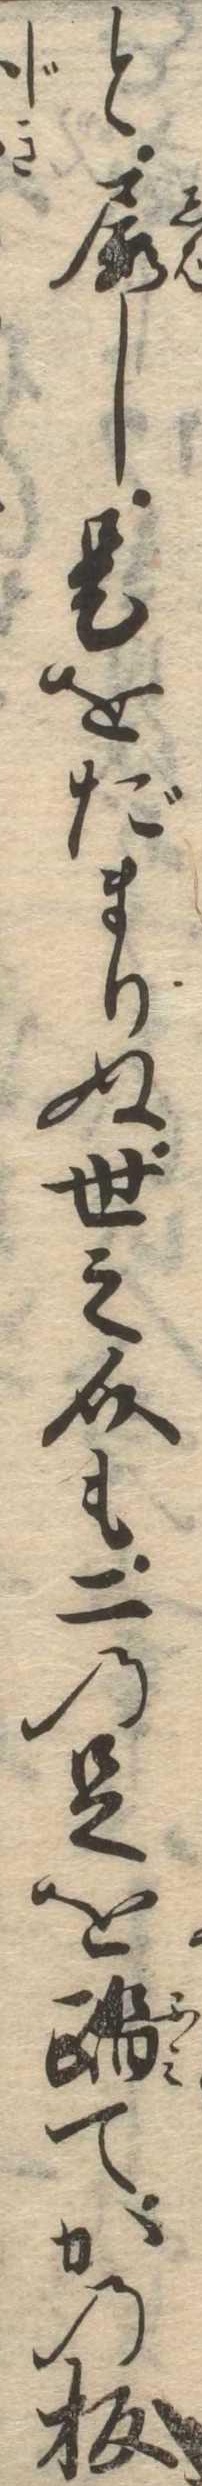
と屡し是をだまりぬ世之介も二の足を踏てかの板